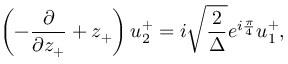
\left( - \frac { \partial } { { \partial } z _ { + } } + z _ { + } \right) u _ { 2 } ^ { + } = i \sqrt { \frac { 2 } { \Delta } } e ^ { i \frac { \pi } { 4 } } u _ { 1 } ^ { + } ,